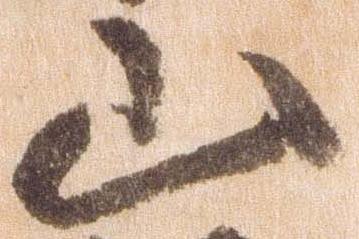
山